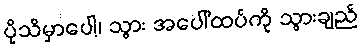
ပိုသိမှာပေါ့၊ သွား အပေါ်ထပ်ကို သွားချည်